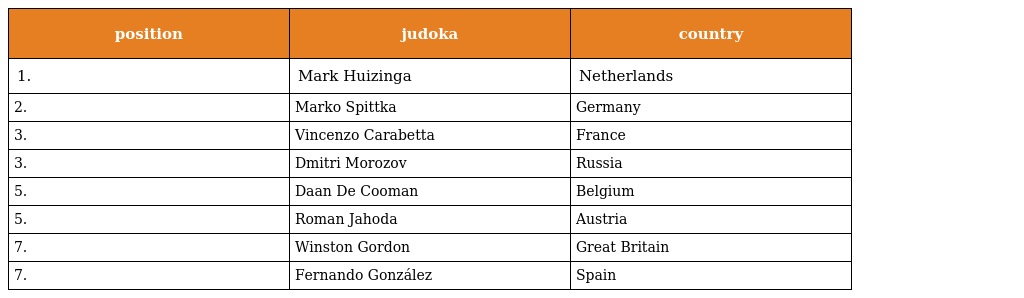
| position | judoka | country |
 | --- | --- | --- |
 | 1. | Mark Huizinga | Netherlands |
 | 2. | Marko Spittka | Germany |
 | 3. | Vincenzo Carabetta | France |
 | 3. | Dmitri Morozov | Russia |
 | 5. | Daan De Cooman | Belgium |
 | 5. | Roman Jahoda | Austria |
 | 7. | Winston Gordon | Great Britain |
 | 7. | Fernando González | Spain |